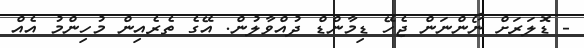
- ޑޮލަރަށް ނޯންނަން ޖެހޭ ޑިމާންޑް ދުއްވާލުން. އޭގެ ތެރެއިން މުހިންމު އެއް